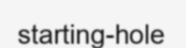
starting-hole